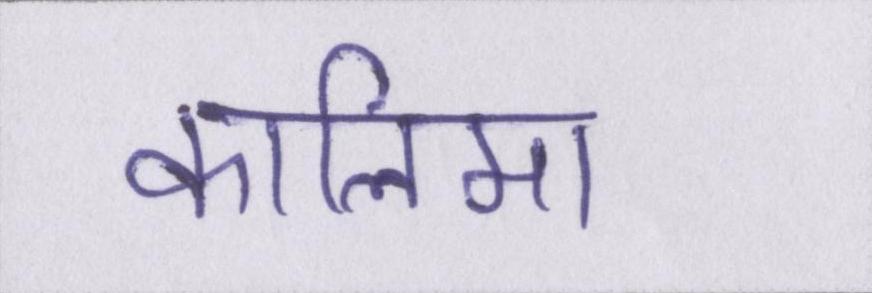
कालिमा